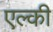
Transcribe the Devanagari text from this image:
एल्की